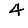
Digit: 4